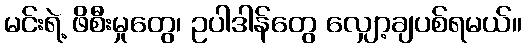
မင်းရဲ့ ဖိစီးမှုတွေ၊ ဥပါဒါန်တွေ လျှော့ချပစ်ရမယ်။